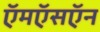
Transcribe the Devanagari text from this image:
ऍमऍसऍन